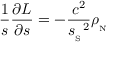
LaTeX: { \frac { 1 } { s } } { \frac { \partial { \cal L } } { \partial s } } = - { \frac { c ^ { 2 } } { { s _ { _ \mathrm { S } } } ^ { 2 } } } { \rho _ { _ \mathrm { N } } }